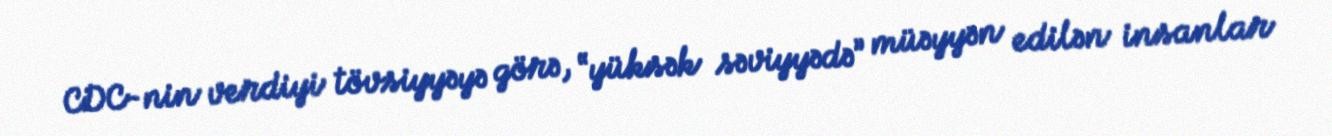
CDC-nin verdiyi tövsiyyəyə görə, “yüksək səviyyədə” müəyyən edilən insanlar